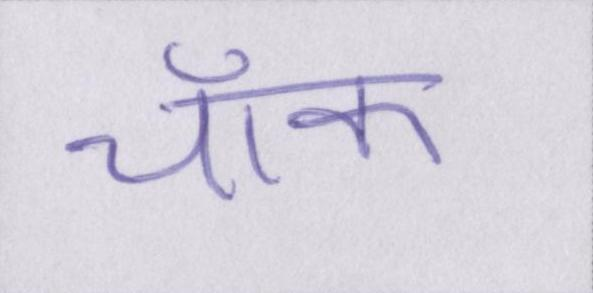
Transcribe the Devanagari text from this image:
चॉक